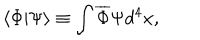
\langle \Phi | \Psi \rangle \equiv \int \overline { { { \Phi } } } \Psi d ^ { 4 } x ,